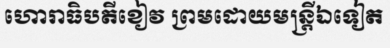
ហោរាធិបតីខៀវ ព្រមដោយមន្ត្រីឯទៀត